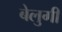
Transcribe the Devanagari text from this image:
बेलुगी